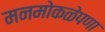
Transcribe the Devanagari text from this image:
मनमोकळेपणा